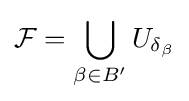
{\mathcal {F}}=\bigcup _{\beta \in B'}U_{\delta _{\beta }}